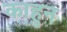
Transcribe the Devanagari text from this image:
काहुन